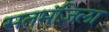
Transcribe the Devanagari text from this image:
सतमंज़िला